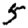
Digit: 5